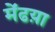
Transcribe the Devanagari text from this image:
मेंढय़ा